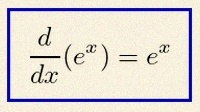
\frac{d}{dx}(e^x)=e^x